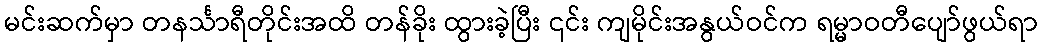
မင်းဆက်မှာ တနင်္သာရီတိုင်းအထိ တန်ခိုး ထွားခဲ့ပြီး ၎င်း ကျမိုင်းအနွယ်ဝင်က ရမ္မာဝတီပျော်ဖွယ်ရာ